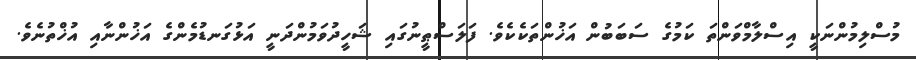
މުސްލިމުންނަކީ އިސްލާމްވަންތަ ކަމުގެ ސަބަބުން އަޚުންތަކެކެވެ. ފަލަސްޠީނުގައި ޝަހީދުވަމުންދަނީ އަޅުގަނޑުމެންގެ އަޚުންނާއި އުޚްތުނެވެ.